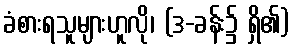
ခံစားရသူများဟူလို၊ (ဒ-ခန်း၌ ရှိ၏)